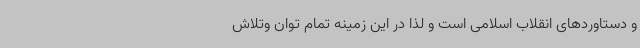
و دستاوردهای انقلاب اسلامی است و لذا در این زمینه تمام توان وتلاش